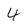
Character: 4